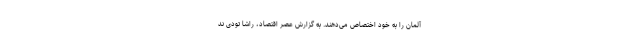
آلمان را به خود اختصاص می‌دهند. به گزارش عصر اقتصاد، راشا تودی ند